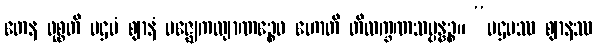
တေန ဝုစ္စတိ ပဌမံ ဈာနံ မဇ္ဈေကလျာဏဉ္စေဝ ဟောတိ တိလက္ခဏသမ္ပန္နဉ္စ။ “ပဌမဿ ဈာနဿ